Magi,_Artur, lk 39
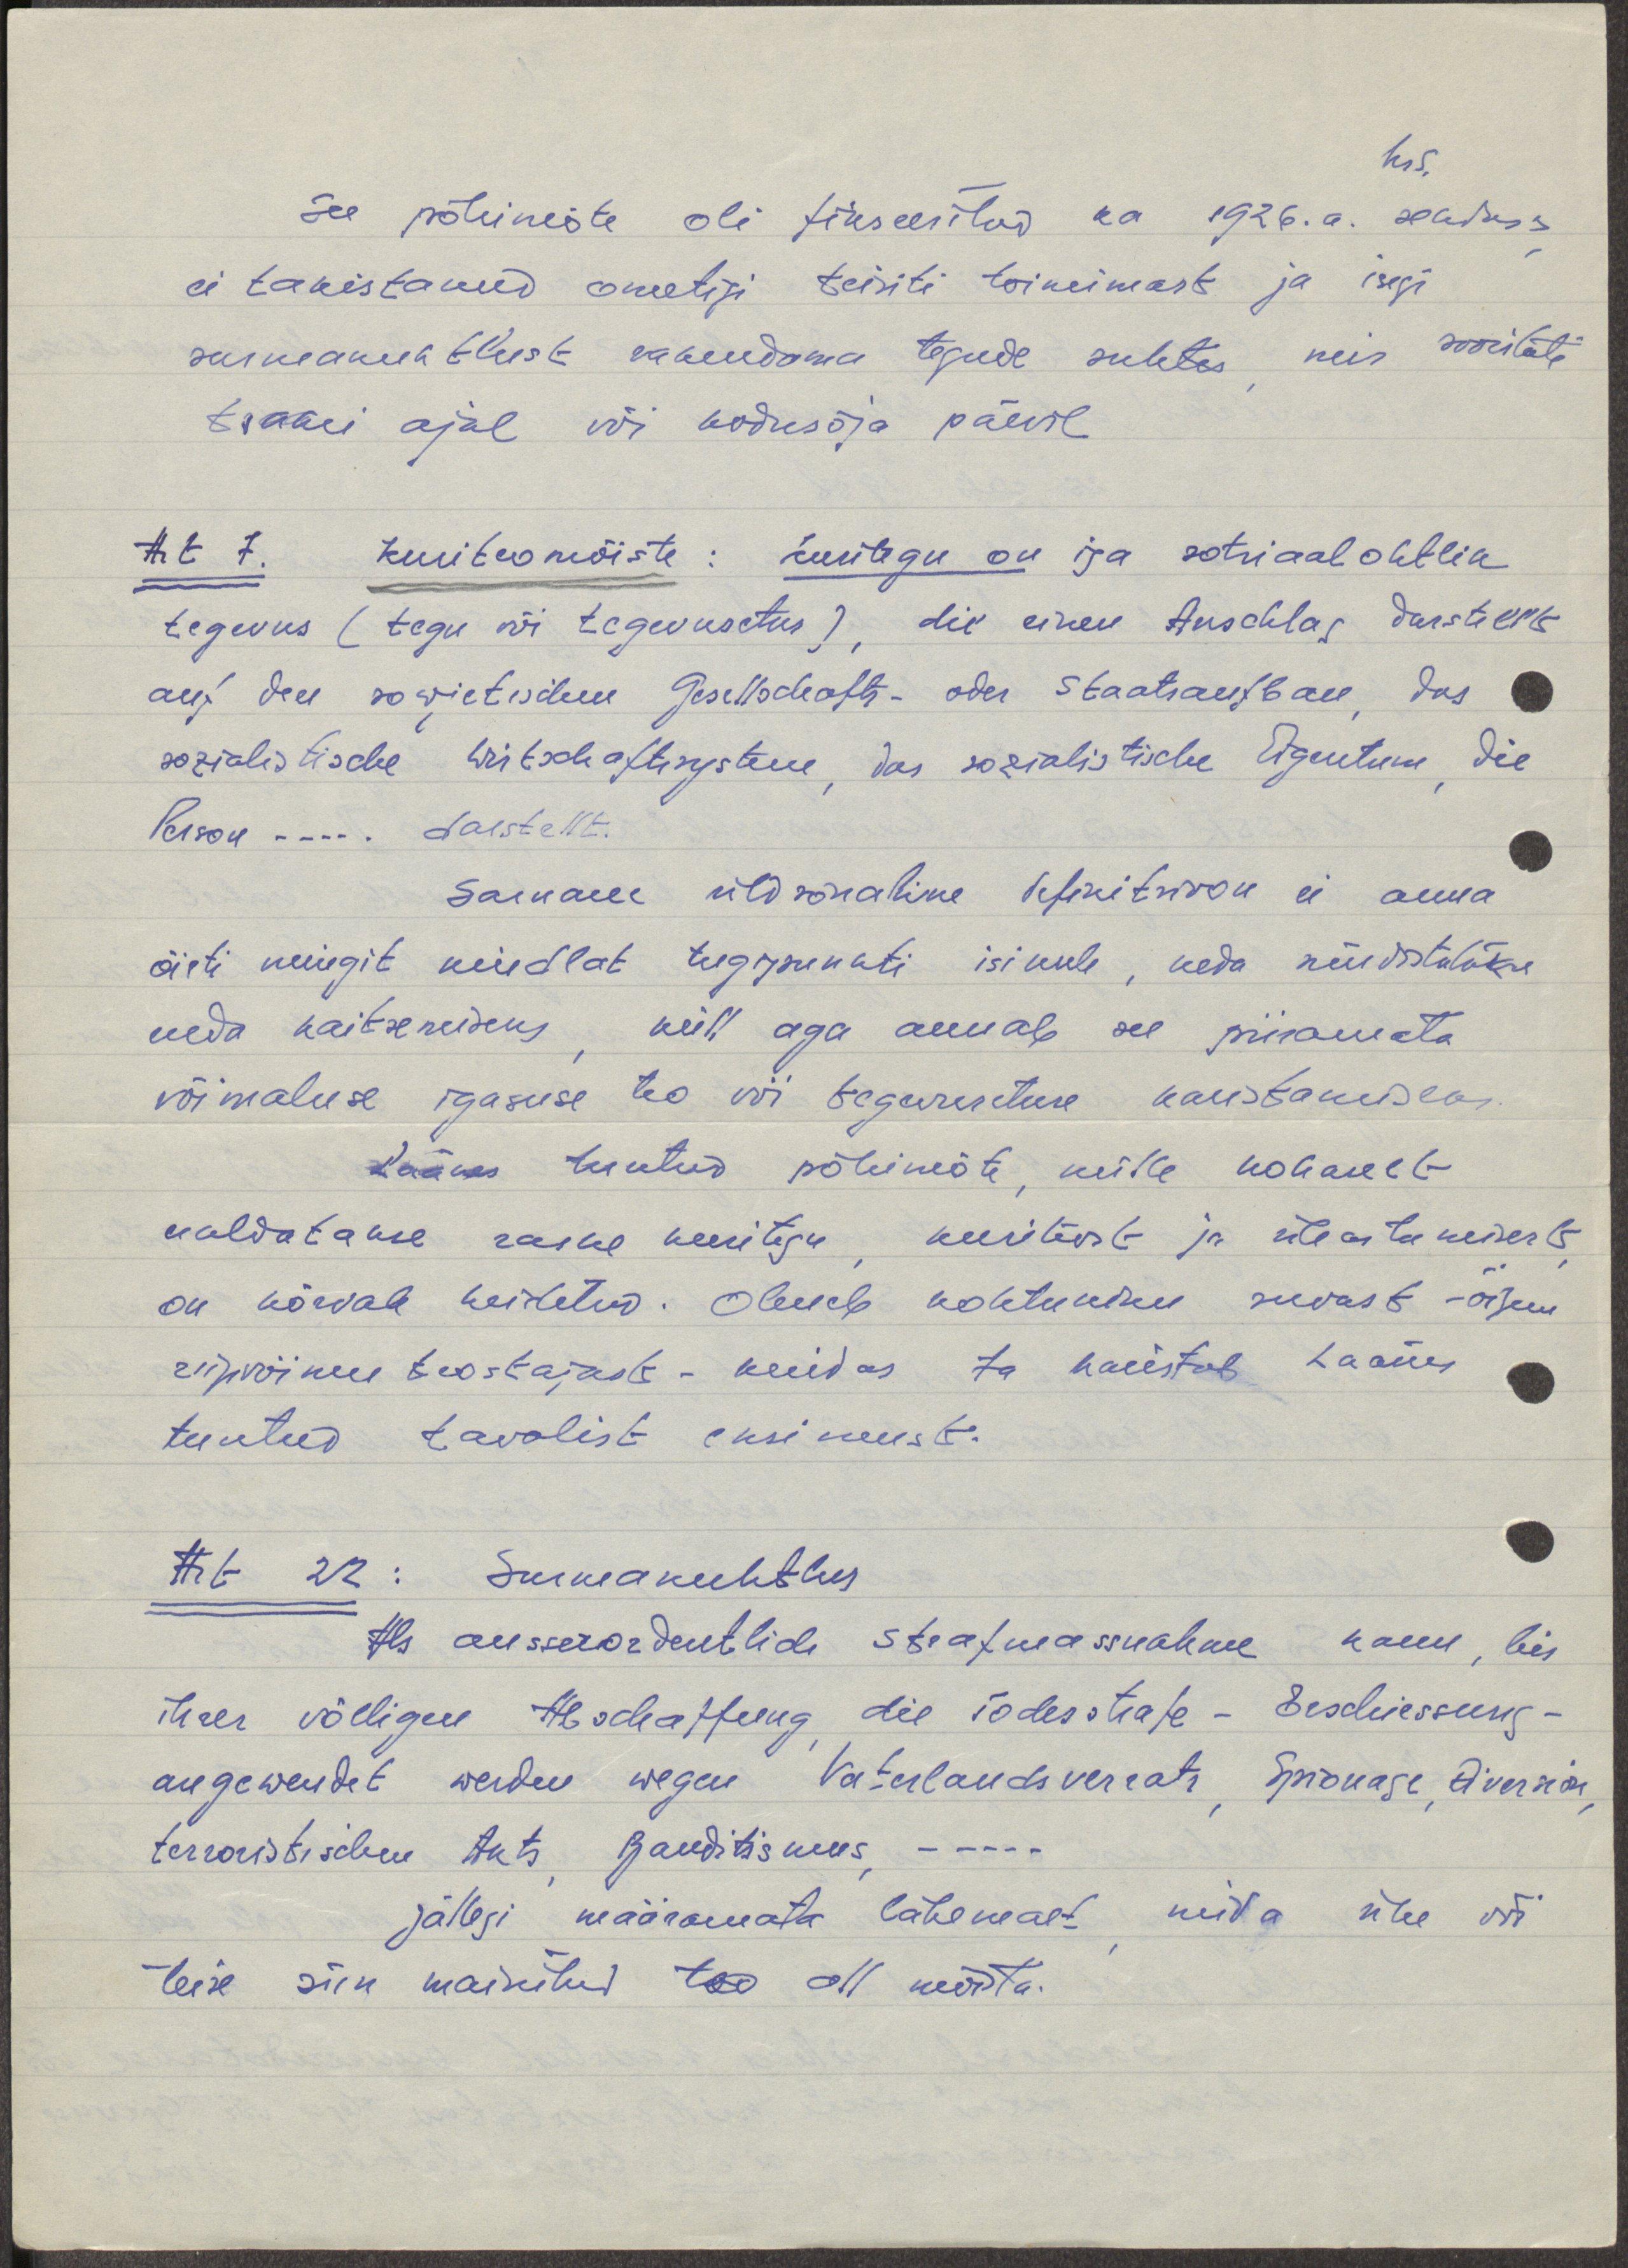
nr 5.
See põhimõte oli fikseeritud ka 1926.a. seaduses
ei takistanud ometigi teisiti toimimast ja isegi
surmanuhtlust rakendama tegude suhtes mis sooritati
tsaari ajal või kodusõja päevil.
Art 7. kuriteo mõiste: kuritegu on iga sotsiaalohtlik
tegevus (tegu või tegevusetus), die einen Auschlag darstells
auf den sowjetischen Gesellschafts- oder Staatsaufbau, das
sozialistische Wirtschaftsysteme, das sotialistische Eigentum die
Person... darstellt.
Sarnane üldsõnaline definitsioon ei anna
õieti mingit kindlat tugipunkti isikule, keda süüdistatakse
enda kaitsemiseks küll aga annab see piiramata
võimaluse igasuse teo või tegevusetuse karistamiseks.
Läänes tuntud põhimõte, mille kohaselt
eraldatakse raske kuritegu, kuritööst ja üleastumisest
on kõrvale heidetud. Oleneb kohtuniku suvast - õigem
riigivõimu teostajast - kuidas ta karistab Läänes
tuntud tavalist eksimust.
Art 22: Surmanuhtlus
Als ausserordentlich stafmassnahme kann, bis
ihrer völligen Verschaffung die Todesstrafe - Erschliessung
angewendet werden wegen Vaterlandsverrats, Spionage, Diversion,
terrioristischen Akts, Banditismus - - -
jällegi määramata lähemalt mida ühe või
teise siin mainitud teo all mõista.